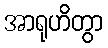
အာရုဟိတွာ